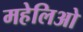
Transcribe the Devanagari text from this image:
महेलिओ